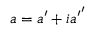
a = { a } ^ { \prime } + i { { a } ^ { \prime } } ^ { \prime }